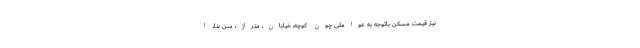
نیز قیمت مسکن باتوجه به عواملی چون کوچه، خیابان، متراژ، سن بنا، ا